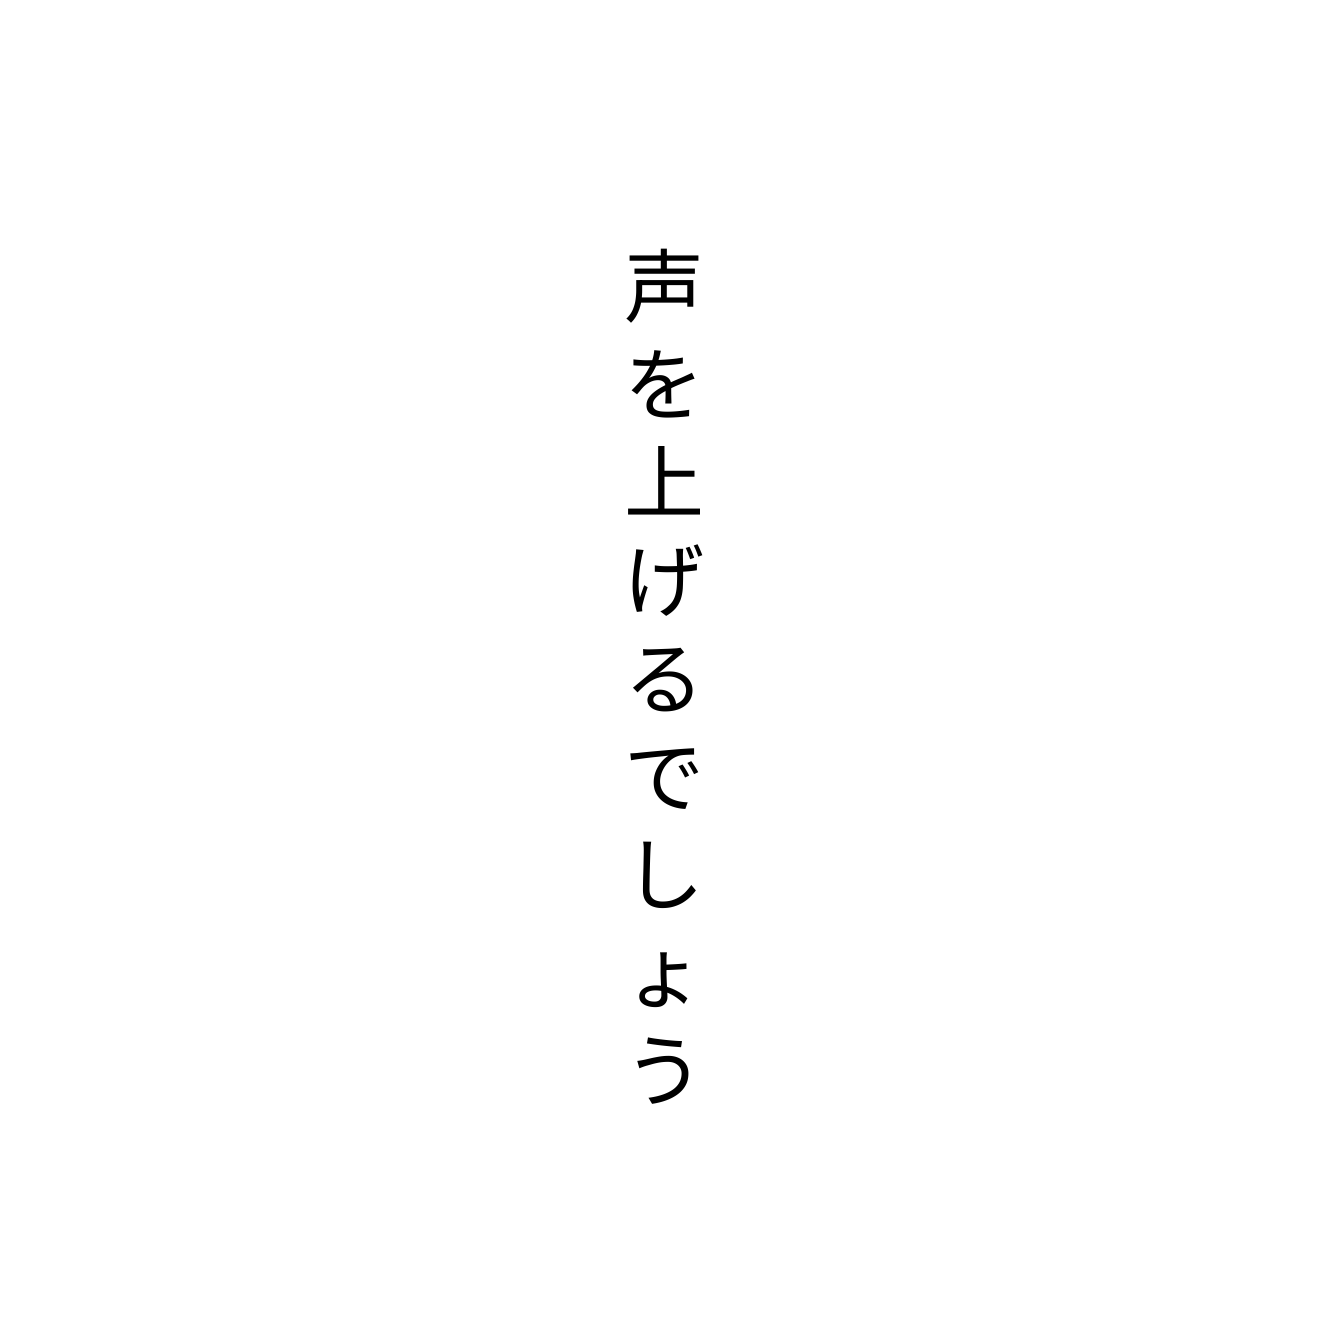
声を上げるでしょう